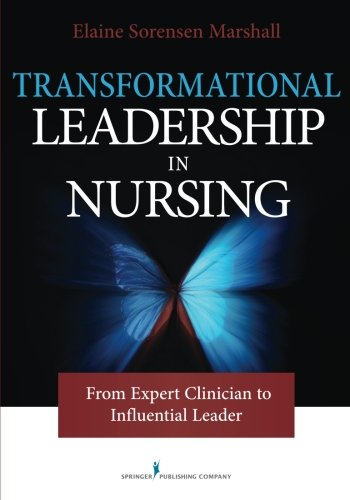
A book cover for Transformational Leadership in Nursing: From Expert Clinician to Influential Leader; Elaine Marshall PhD  RN; Medical Books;